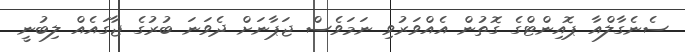
ސެނެގާލްއާ ޕޮއިންޓްގެ ގޮތުން އެއްވަރުވި ނަމަވެސް ޖަޕާނަށް ދެވަނަ ބުރުގެ ޖާގައެއް ލިބުނީ